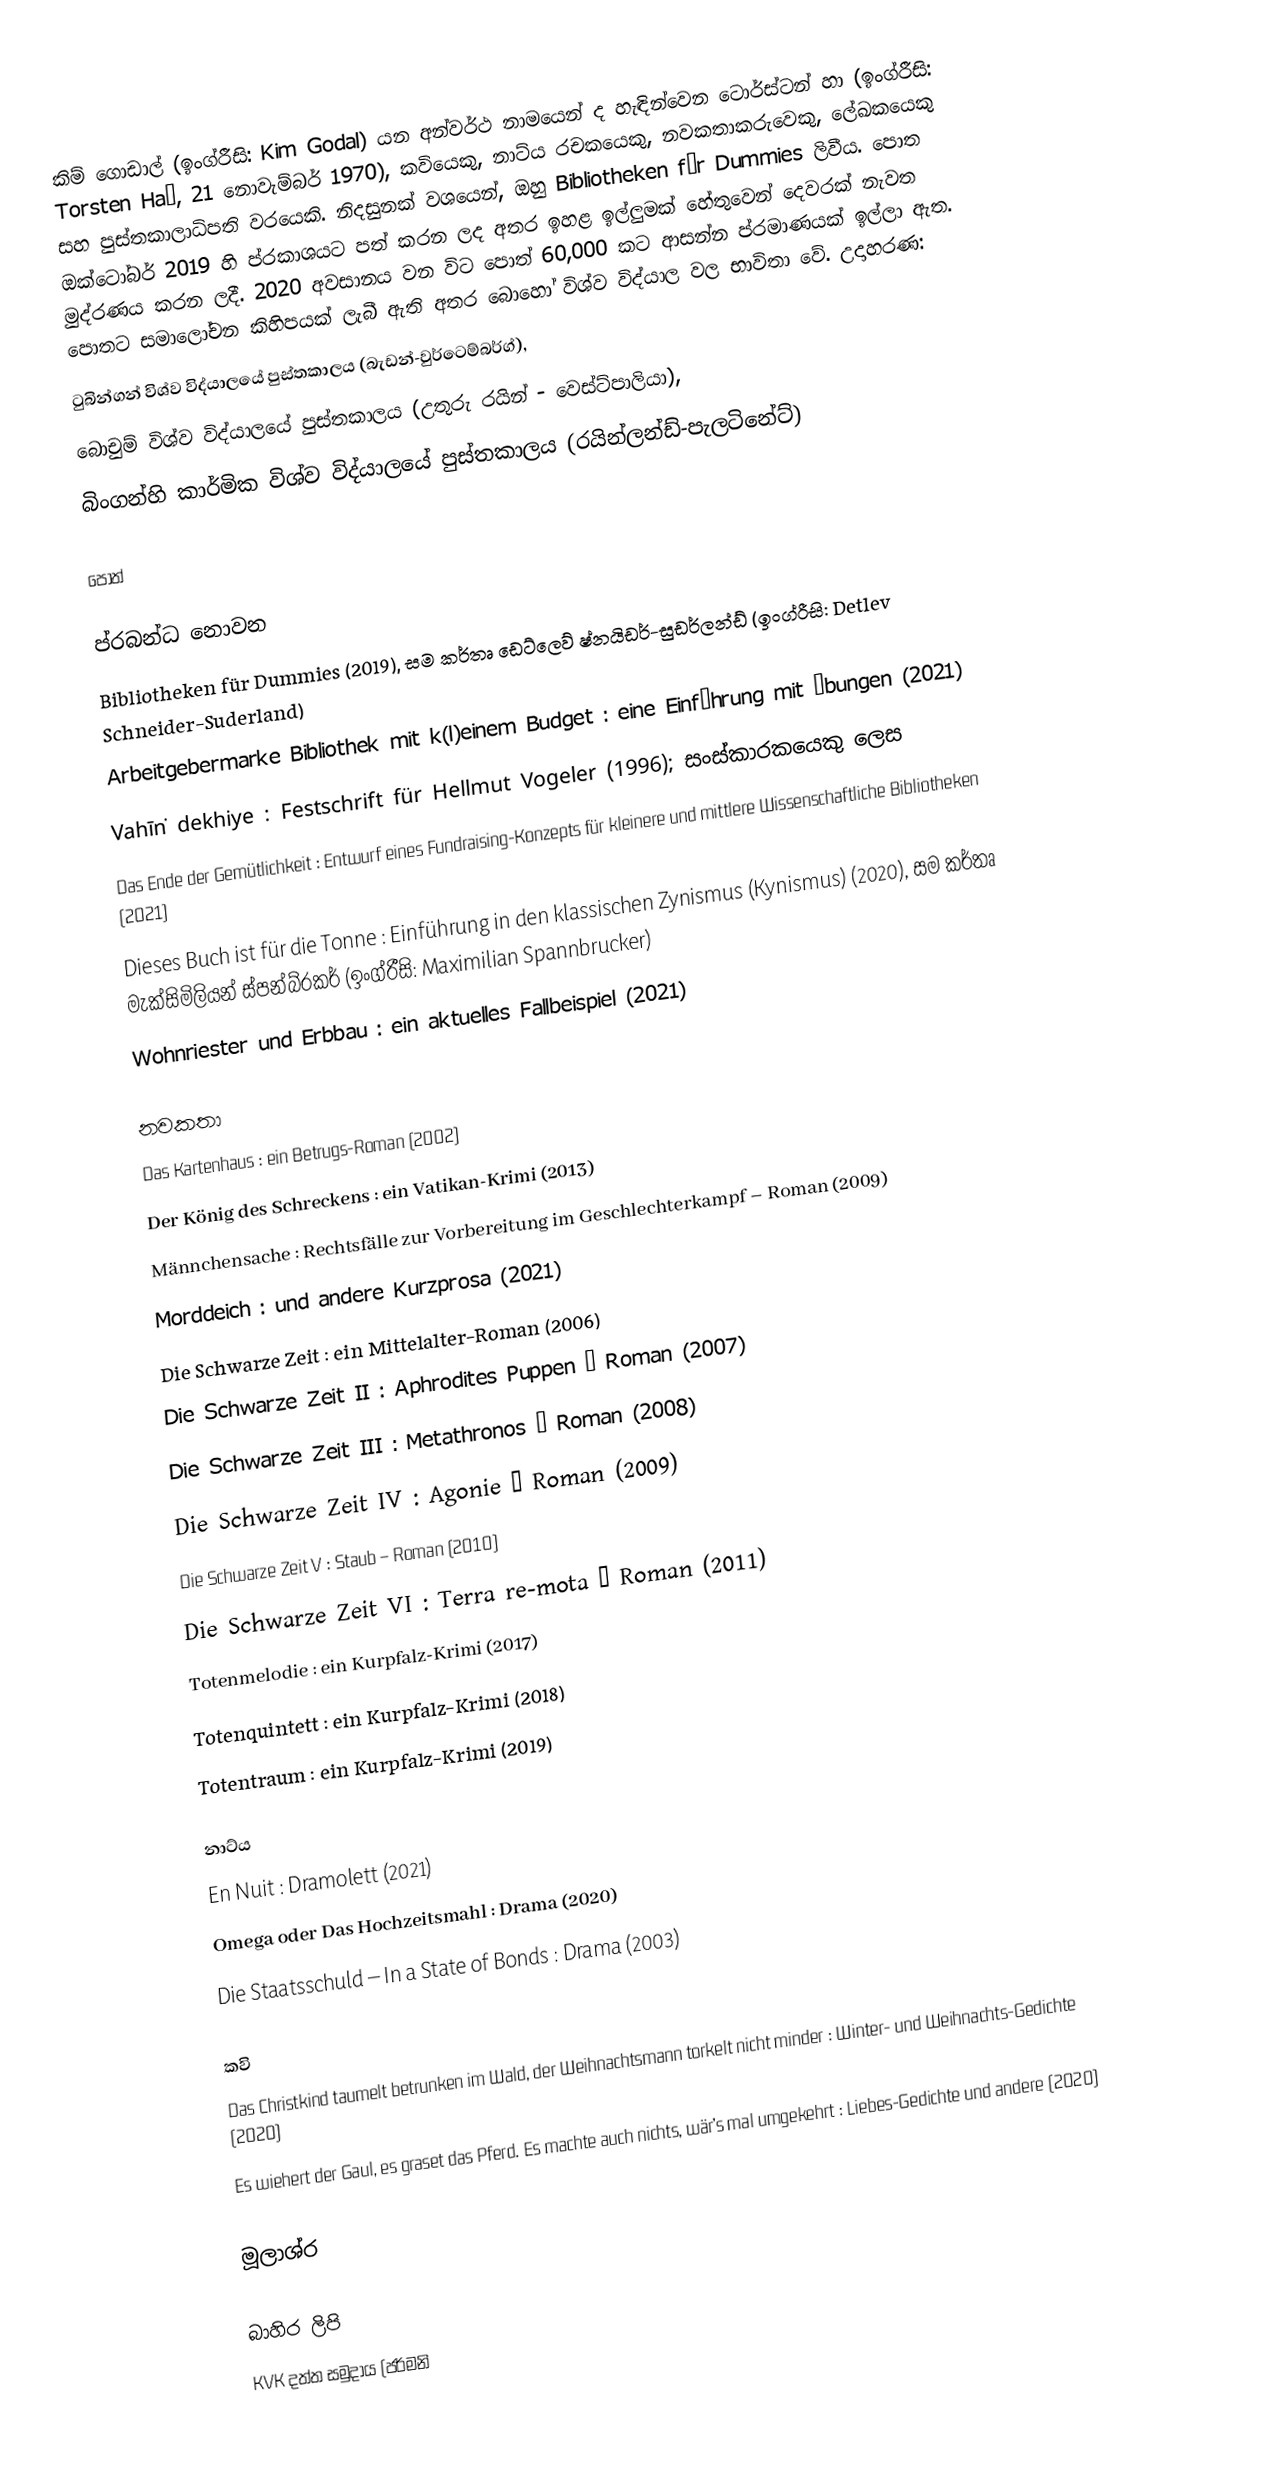
කිම් ගොඩාල් (ඉංග්රීසි: Kim Godal) යන අන්වර්ථ නාමයෙන් ද හැඳින්වෙන ටොර්ස්ටන් හා (ඉංග්රීසි: Torsten Haß, 21 නොවැම්බර් 1970), කවියෙකු, නාට්ය රචකයෙකු, නවකතාකරුවෙකු, ලේඛකයෙකු සහ පුස්තකාලාධිපති වරයෙකි. නිදසුනක් වශයෙන්, ඔහු Bibliotheken für Dummies ලිවීය. පොත ඔක්ටෝබර් 2019 හි ප්රකාශයට පත් කරන ලද අතර ඉහළ ඉල්ලුමක් හේතුවෙන් දෙවරක් නැවත මුද්රණය කරන ලදී. 2020 අවසානය වන විට පොත් 60,000 කට ආසන්න ප්රමාණයක් ඉල්ලා ඇත. පොතට සමාලෝචන කිහිපයක් ලැබී ඇති අතර බොහෝ විශ්ව විද්යාල වල භාවිතා වේ. උදාහරණ:
ටුබින්ගන් විශ්ව විද්යාලයේ පුස්තකාලය (බැඩන්-වුර්ටෙම්බර්ග්),
බොචුම් විශ්ව විද්යාලයේ පුස්තකාලය (උතුරු රයින් - වෙස්ට්පාලියා),
බිංගන්හි කාර්මික විශ්ව විද්යාලයේ පුස්තකාලය (රයින්ලන්ඩ්-පැලටිනේට්)

පොත්

ප්රබන්ධ නොවන
 Bibliotheken für Dummies (2019), සම කර්තෘ ඩෙට්ලෙව් ෂ්නයිඩර්-සුඩර්ලන්ඩ් (ඉංග්රීසි: Detlev Schneider-Suderland)
 Arbeitgebermarke Bibliothek mit k(l)einem Budget : eine Einführung mit Übungen (2021)
 Vahīṅ dekhiye : Festschrift für Hellmut Vogeler (1996); සංස්කාරකයෙකු ලෙස
 Das Ende der Gemütlichkeit : Entwurf eines Fundraising-Konzepts für kleinere und mittlere Wissenschaftliche Bibliotheken  (2021)
 Dieses Buch ist für die Tonne : Einführung in den klassischen Zynismus (Kynismus) (2020), සම කර්තෘ මැක්සිමිලියන් ස්පන්බ්රකර්  (ඉංග්රීසි: Maximilian Spannbrucker)
 Wohnriester und Erbbau : ein aktuelles Fallbeispiel (2021)

නවකතා
 Das Kartenhaus : ein Betrugs-Roman (2002)
 Der König des Schreckens :  ein Vatikan-Krimi  (2013)
 Männchensache : Rechtsfälle zur Vorbereitung im Geschlechterkampf – Roman (2009)
 Morddeich : und andere Kurzprosa (2021)
 Die Schwarze Zeit : ein Mittelalter-Roman (2006)
 Die Schwarze Zeit II : Aphrodites Puppen – Roman (2007)
 Die Schwarze Zeit III : Metathronos – Roman (2008)
 Die Schwarze Zeit IV : Agonie – Roman (2009)
 Die Schwarze Zeit V : Staub – Roman (2010)
 Die Schwarze Zeit VI : Terra re-mota – Roman (2011)
 Totenmelodie : ein Kurpfalz-Krimi (2017)
 Totenquintett : ein Kurpfalz-Krimi (2018)
 Totentraum : ein Kurpfalz-Krimi (2019)

නාට්ය
 En Nuit : Dramolett (2021)
 Omega oder Das Hochzeitsmahl : Drama (2020)
 Die Staatsschuld – In a State of Bonds : Drama (2003)

කවි
 Das Christkind taumelt betrunken im Wald, der Weihnachtsmann torkelt nicht minder : Winter- und Weihnachts-Gedichte (2020)
 Es wiehert der Gaul, es graset das Pferd. Es machte auch nichts, wär’s mal umgekehrt : Liebes-Gedichte und andere (2020)

මූලාශ්ර

බාහිර ලිපි
 KVK දත්ත සමුදාය (ජර්මනි